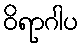
ဝိရာဂါပ